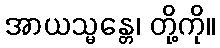
အာယသ္မန္တေ၊ တို့ကို။